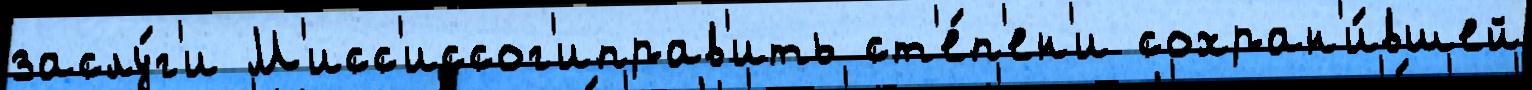
заслу́г'и М'исс'иссог'иправ'ить ст'е́п'ен'и сохран'и́вшей